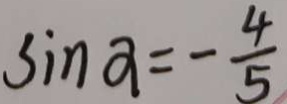
\sin a = - \frac { 4 } { 5 }